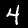
Label: 4